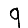
Digit: 9